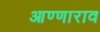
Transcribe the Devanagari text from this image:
आण्णाराव